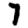
Digit: 7